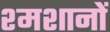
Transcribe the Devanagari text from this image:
श्मशानों